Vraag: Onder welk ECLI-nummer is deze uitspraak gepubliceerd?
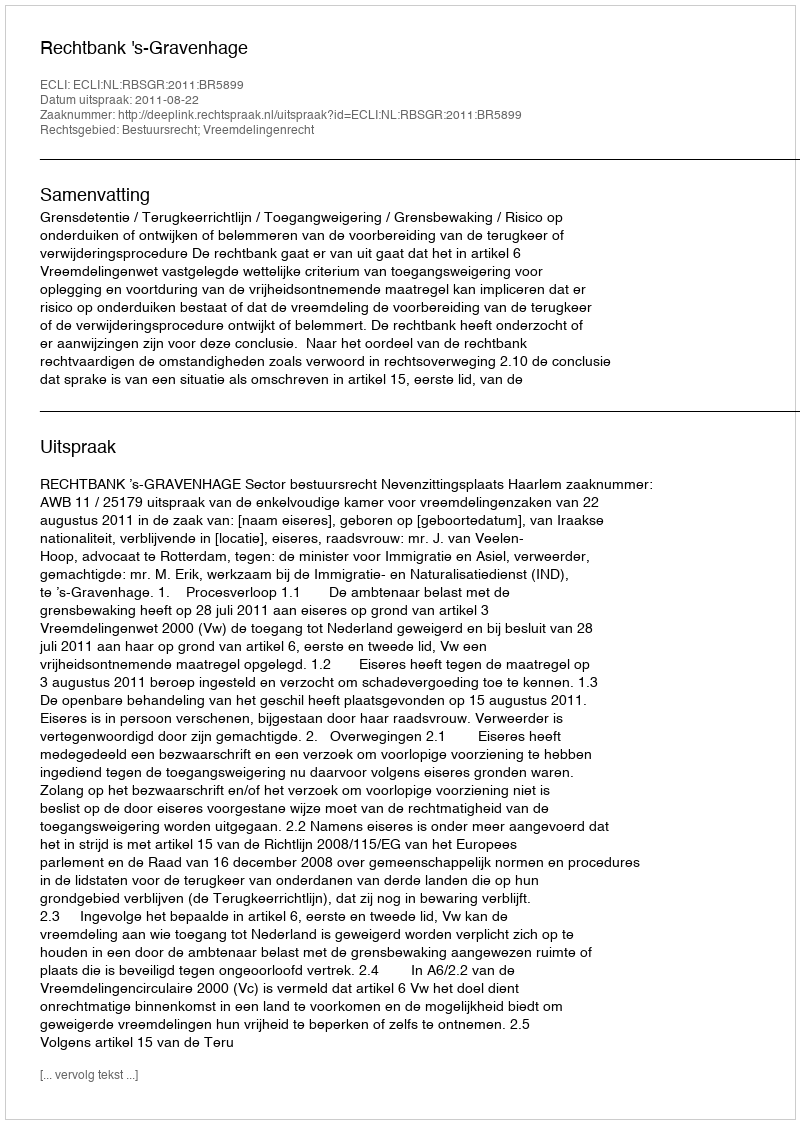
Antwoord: ECLI:NL:RBSGR:2011:BR5899